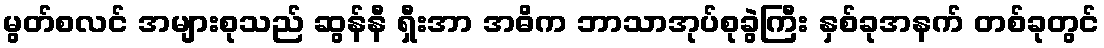
မွတ်စလင် အများစုသည် ဆွန်နီ ရှီးအာ အဓိက ဘာသာအုပ်စုခွဲကြီး နှစ်ခုအနက် တစ်ခုတွင်